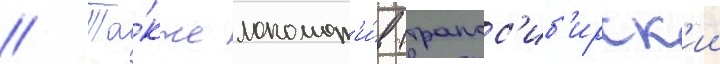
// Та́кже локомот'и́в (трансс'иб'ирск'ии